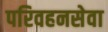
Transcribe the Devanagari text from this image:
परिवहनसेवा